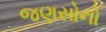
જણસોનો